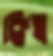
ক্লিন্ন